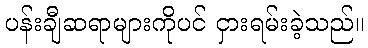
ပန်းချီဆရာများကိုပင် ငှားရမ်းခဲ့သည်။